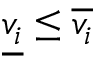
{ \underline { { v _ { i } } } } \leq { \overline { { v _ { i } } } }